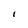
Character: I